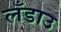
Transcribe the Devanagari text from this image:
लँडाउ